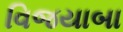
વિજયાબા